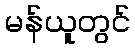
မန်ယူတွင်